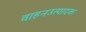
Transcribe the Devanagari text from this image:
वाहनउत्पादक